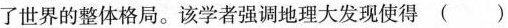
了世界的整体格局。该学者强调地理大发现使得()